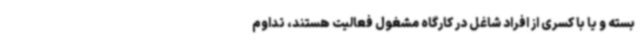
بسته و یا با کسری از افراد شاغل در کارگاه مشغول فعالیت هستند، تداوم